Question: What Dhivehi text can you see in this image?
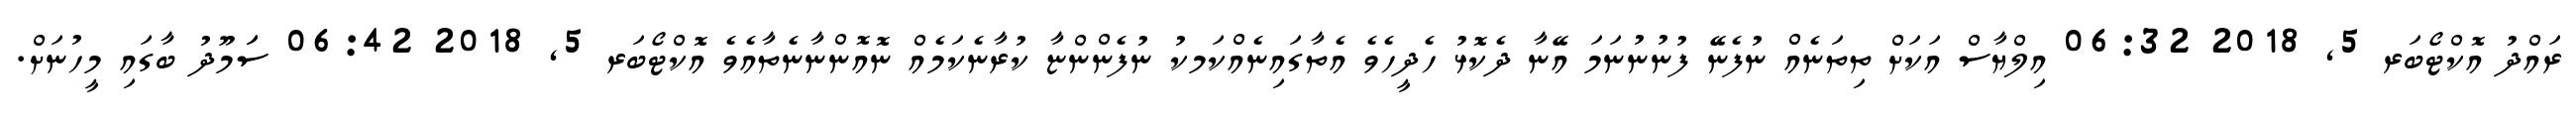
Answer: ރައްދު އޮކްޓޯބަރ 5, 2018 06:32 އިލްޔާސް އަކަށް ތިތަނެއް ނުފެނޭ ފުނުނުނަމަ އޭނާ ދެކޮޅު ހެދީހެވެ އެތާގައިނެއްކަމކު ނުފެންންޏާ ކުރާނެކަމެއް ނޮއޮންނާނެތާއެވެ އޮކްޓޯބަރ 5, 2018 06:42 ސަަމޫދު ބާގައި މީހުނަށް.